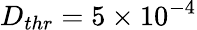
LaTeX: D_{thr}=5\times 10^{-4}